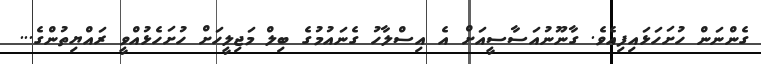
ގެންނަން ހުށަހަޅައިފިއެވެ. ގާނޫނުއަސާސީއަށް އެ އިސްލާހު ގެނައުމުގެ ބިލް މަޖިލީހަށް ހުށަހެޅުއްވީ ރައްޔިތުންގެ...